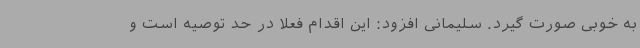
به خوبی صورت گیرد. سلیمانی افزود: این اقدام فعلا در حد توصیه است و